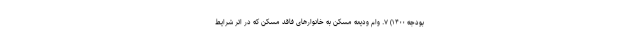
بودجه ۱۴۰۰) ۷. وام ودیعه مسکن به خانوارهای فاقد مسکن که در اثر شرایط